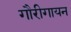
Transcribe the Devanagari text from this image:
गौरीगायन